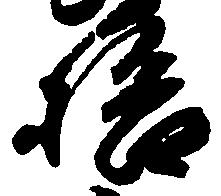
拾